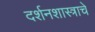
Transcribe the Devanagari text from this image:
दर्शनशास्त्राचे